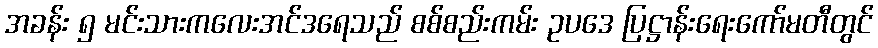
အခန်း ၅ မင်းသားကလေးအင်ဒရေသည် စစ်စည်းကမ်း ဥပဒေ ပြဋ္ဌာန်းရေးကော်မတီတွင်